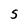
Character: S